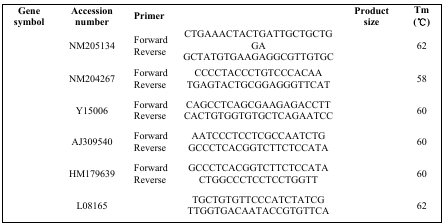
<table><thead><tr><td><b>Gene symbol</b></td><td><b>Accession number</b></td><td><b>Primer</b></td><td>[EMPTY_CELL]</td><td><b>Product size</b></td><td><b>Tm (°C)</b></td></tr></thead><tbody><tr><td>[EMPTY_CELL]</td><td>NM205134</td><td>ForwardReverse</td><td>CTGAAACTACTGATTGCTGCTGGAGCTATGTGAAGAGGCGTTGTGC</td><td>[EMPTY_CELL]</td><td>62</td></tr><tr><td>[EMPTY_CELL]</td><td>NM204267</td><td>ForwardReverse</td><td>CCCCTACCCTGTCCCACAATGAGTACTGCGGAGGGTTCAT</td><td>[EMPTY_CELL]</td><td>58</td></tr><tr><td>[EMPTY_CELL]</td><td>Y15006</td><td>ForwardReverse</td><td>CAGCCTCAGCGAAGAGACCTTCACTGTGGTGTGCTCAGAATCC</td><td>[EMPTY_CELL]</td><td>60</td></tr><tr><td>[EMPTY_CELL]</td><td>AJ309540</td><td>ForwardReverse</td><td>AATCCCTCCTCGCCAATCTGGCCCTCACGGTCTTCTCCATA</td><td>[EMPTY_CELL]</td><td>60</td></tr><tr><td>[EMPTY_CELL]</td><td>HM179639</td><td>ForwardReverse</td><td>GCCCTCACGGTCTTCTCCATACTGGCCCTCCTCCTGGTT</td><td>[EMPTY_CELL]</td><td>60</td></tr><tr><td>[EMPTY_CELL]</td><td>L08165</td><td>[EMPTY_CELL]</td><td>TGCTGTGTTCCCATCTATCGTTGGTGACAATACCGTGTTCA</td><td>[EMPTY_CELL]</td><td>62</td></tr></tbody></table>